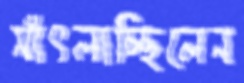
সাঁৎলাচ্ছিলেন